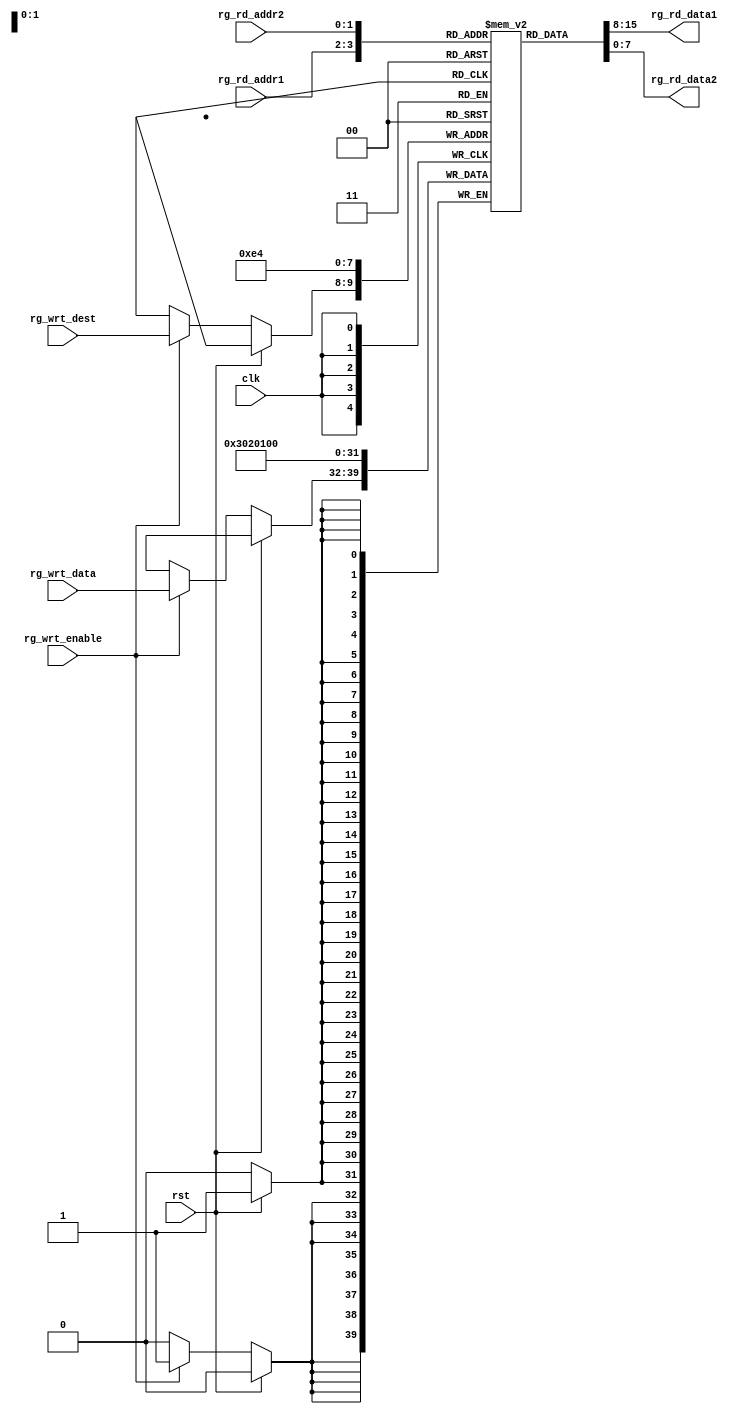
`timescale 1ns/1ns
module RegisterFile(
  clk,
  rst,
  rg_wrt_enable,
  rg_wrt_dest,
  rg_wrt_data,
  rg_rd_addr1,
  rg_rd_data1,
  rg_rd_addr2,
  rg_rd_data2
);
 
input clk,rst;
input rg_wrt_enable;

input [1:0] rg_wrt_dest,rg_rd_addr1,rg_rd_addr2;
input  [7:0] rg_wrt_data;
output [7:0] rg_rd_data1,rg_rd_data2;

reg [7:0] register_file [3:0];

always @(negedge clk) begin
	if(rst==1'b1)
  begin
    register_file[0] = 8'd0; //R0
    register_file[1] = 8'd1; //R1
    register_file[2] = 8'd2; //R2
    register_file[3] = 8'd3; //R3
  end
  else
    if(rg_wrt_enable==1'b1)
      register_file[rg_wrt_dest] =rg_wrt_data;
end
  assign rg_rd_data1=register_file[rg_rd_addr1];
  assign rg_rd_data2=register_file[rg_rd_addr2]; 
endmodule